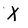
Character: X